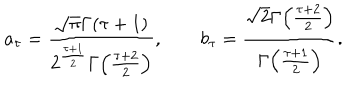
a _ { \tau } = { \frac { \sqrt { \pi } \Gamma ( \tau + 1 ) } { 2 ^ { \frac { \tau + 1 } { 2 } } \Gamma \! \left( { \frac { \tau + 2 } { 2 } } \right) } } , \qquad b _ { \tau } = { \frac { \sqrt { 2 } \Gamma \! \left( { \frac { \tau + 2 } { 2 } } \right) } { \Gamma \! \left( { \frac { \tau + 1 } { 2 } } \right) } } .